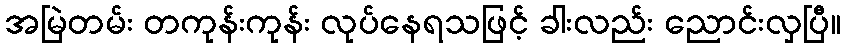
အမြဲတမ်း တကုန်းကုန်း လုပ်နေရသဖြင့် ခါးလည်း ညောင်းလှပြီ။